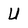
Character: u